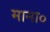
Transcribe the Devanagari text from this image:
माना०